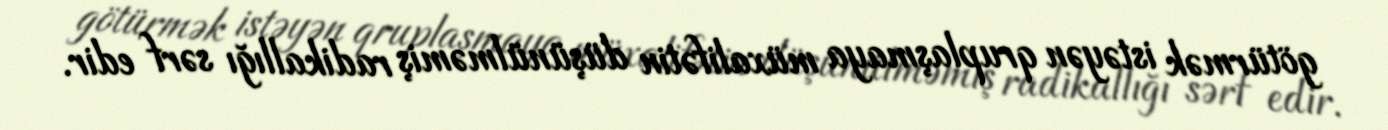
götürmək istəyən qruplaşmaya müxalifətin düşünülməmiş radikallığı sərf edir.